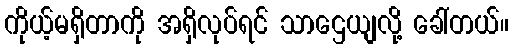
ကိုယ့်မရှိတာကို အရှိလုပ်ရင် သာဌေယျလို့ ခေါ်တယ်။